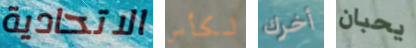
الاتحادية لكأس أخرك يحبان